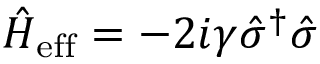
\hat { H } _ { \mathrm { e f f } } = - 2 i \gamma \hat { \sigma } ^ { \dagger } \hat { \sigma }